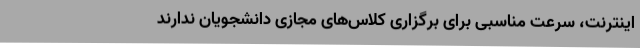
اینترنت، سرعت مناسبی برای برگزاری کلاس‌های مجازی دانشجویان ندارند